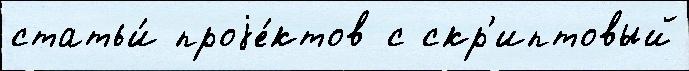
статьи́ проjе́ктов с скр'иптовый